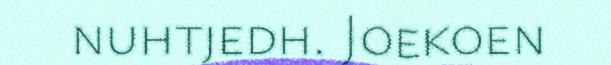
nuhtjedh. Joekoen